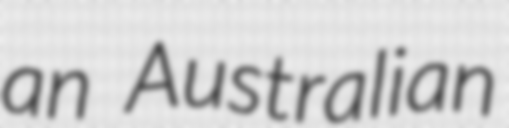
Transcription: an Australian